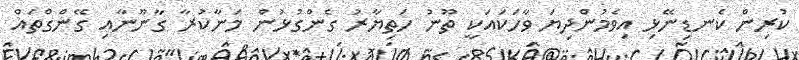
ކުރިން ކެނޑިނޭޅި އިވެމުންދިޔަ ވާހަކައަކީ ތޫނު ހަތިޔާރު ގެންގުޅުން މަނާކުރާ ގާނޫނާއި ގޭންގްތައް